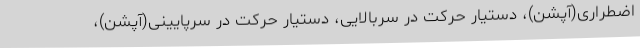
اضطراری(آپشن)، دستیار حرکت در سربالایی، دستیار حرکت در سرپایینی(آپشن)،